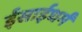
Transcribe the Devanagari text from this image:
ईसाईधर्मं